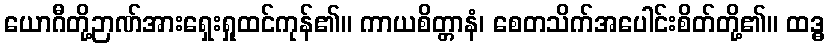
ယောဂီတို့ဉာဏ်အားရှေးရှုထင်ကုန်၏။ ကာယစိတ္တာနံ၊ စေတသိက်အပေါင်းစိတ်တို့၏။ ထဒ္ဓ